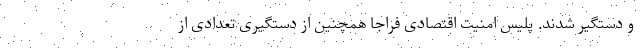
و دستگیر شدند. پلیس امنیت اقتصادی فراجا همچنین از دستگیری تعدادی از